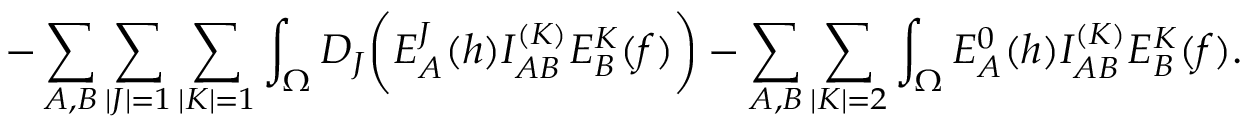
- \sum _ { A , B } \sum _ { \vert J \vert = 1 } \sum _ { \vert K \vert = 1 } \int _ { \Omega } D _ { J } \biggl ( E _ { A } ^ { J } ( h ) I _ { A B } ^ { ( K ) } E _ { B } ^ { K } ( f ) \biggr ) - \sum _ { A , B } \sum _ { \vert K \vert = 2 } \int _ { \Omega } E _ { A } ^ { 0 } ( h ) I _ { A B } ^ { ( K ) } E _ { B } ^ { K } ( f ) .